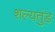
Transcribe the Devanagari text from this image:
शल्यतुंड